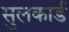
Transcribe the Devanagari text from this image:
सुलकार्ड